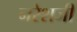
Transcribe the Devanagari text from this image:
नरेशजी